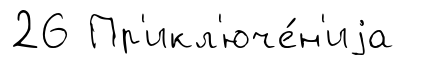
26 Пр'икл'юче́н'иjа